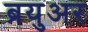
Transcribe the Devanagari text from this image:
ब्रयुअर